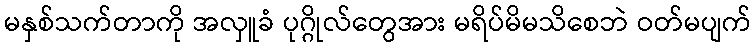
မနှစ်သက်တာကို အလှူခံ ပုဂ္ဂိုလ်တွေအား မရိပ်မိမသိစေဘဲ ဝတ်မပျက်